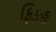
ફિકહ